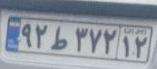
۹۲ط۳۷۲۱۲